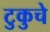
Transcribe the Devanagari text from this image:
टुकुचे